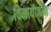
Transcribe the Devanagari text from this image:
विमायोजना